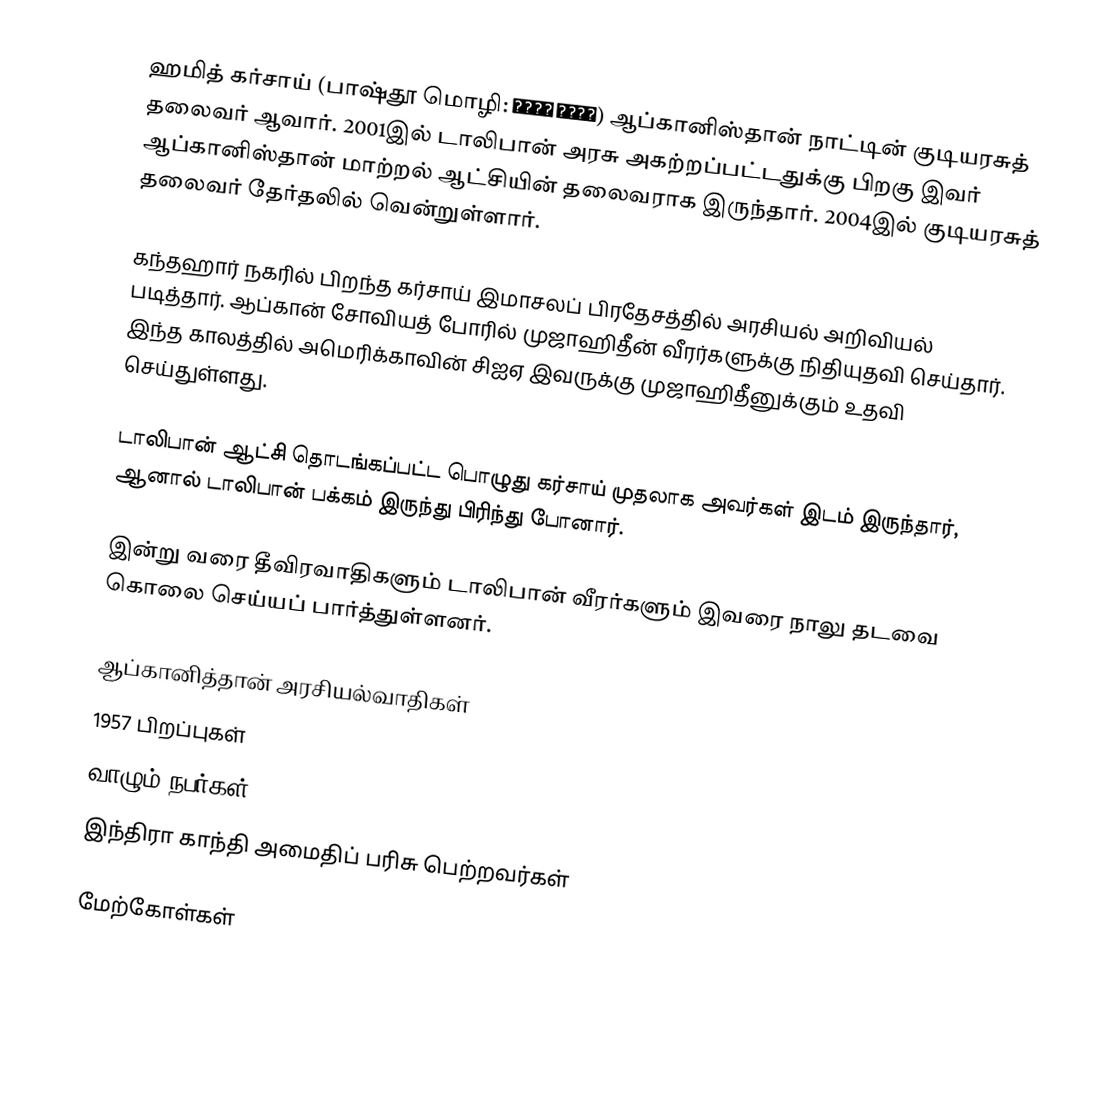
ஹமித் கர்சாய் (பாஷ்தூ மொழி: حامد کرزي) ஆப்கானிஸ்தான் நாட்டின் குடியரசுத் தலைவர் ஆவார். 2001இல் டாலிபான் அரசு அகற்றப்பட்டதுக்கு பிறகு இவர் ஆப்கானிஸ்தான் மாற்றல் ஆட்சியின் தலைவராக இருந்தார். 2004இல் குடியரசுத் தலைவர் தேர்தலில் வென்றுள்ளார்.

கந்தஹார் நகரில் பிறந்த கர்சாய் இமாசலப் பிரதேசத்தில் அரசியல் அறிவியல் படித்தார். ஆப்கான் சோவியத் போரில் முஜாஹிதீன் வீரர்களுக்கு நிதியுதவி செய்தார். இந்த காலத்தில் அமெரிக்காவின் சிஐஏ இவருக்கு முஜாஹிதீனுக்கும் உதவி செய்துள்ளது.

டாலிபான் ஆட்சி தொடங்கப்பட்ட பொழுது கர்சாய் முதலாக அவர்கள் இடம் இருந்தார், ஆனால் டாலிபான் பக்கம் இருந்து பிரிந்து போனார்.

இன்று வரை தீவிரவாதிகளும் டாலிபான் வீரர்களும் இவரை நாலு தடவை கொலை செய்யப் பார்த்துள்ளனர்.

ஆப்கானித்தான் அரசியல்வாதிகள்
1957 பிறப்புகள்
வாழும் நபர்கள்
இந்திரா காந்தி அமைதிப் பரிசு பெற்றவர்கள்

மேற்கோள்கள்